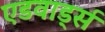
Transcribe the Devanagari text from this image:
एडवार्ड्स